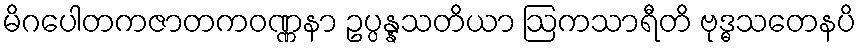
မိဂပေါတကဇာတကဝဏ္ဏနာ ဥပ္ပန္နသတိယာ ဩကသာရီတိ ဗုဒ္ဓသတေနပိ